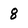
Character: 8